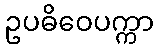
ဥပဓိဝေပက္ကာ